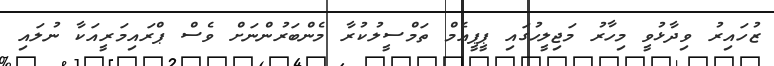
ޒުހައިރު ވިދާޅުވީ މިހާރު މަޖިލީހުގައި ޕީޕީއެމް ތަމްސީލުކުރާ މެންބަރުންނަށް ވެސް ޕްރައިމަރީއަކާ ނުލައި